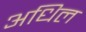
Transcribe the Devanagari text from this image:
अधिल